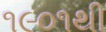
૧૯૦૧થી